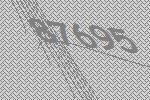
87695